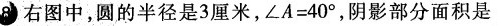
8右图中，圆的半径是3厘米，$$ ∠ A = 4 0° $$，阴影部分面积是